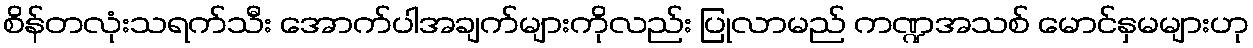
စိန်တလုံးသရက်သီး အောက်ပါအချက်များကိုလည်း ပြုလာမည် ကဏ္ဍအသစ် မောင်နှမများဟု